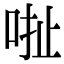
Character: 𠳏